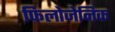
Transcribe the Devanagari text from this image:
फिलोजेनिक